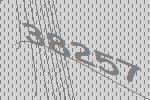
38257